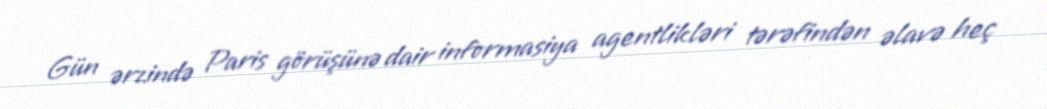
Gün ərzində Paris görüşünə dair informasiya agentlikləri tərəfindən əlavə heç